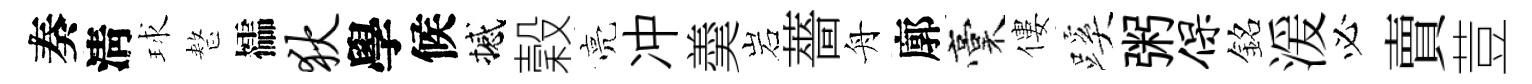
奏淸球整櫺狄學候撼穀亮冲羮岩薔舟廓稾僂蹊粥保銘湲必賣荳